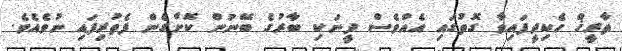
ތާރީޚް ހެކިދީފައިވާ ގޮތުގައި އެއްވެސް ދީނަކި ބާރުގެ ބޭނުން ކޮށްގެން ފެތުރިފައި ނުވެއެވެ.